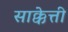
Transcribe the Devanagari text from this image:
साक्केत्ती